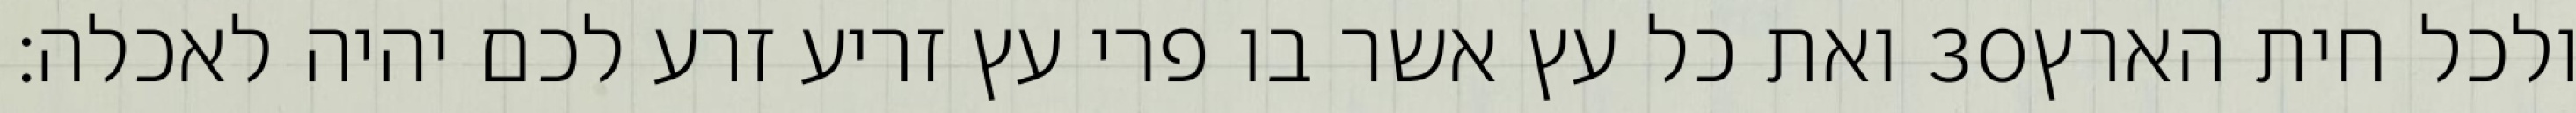
ואת כל עץ אשר בו פרי עץ זריע זרע לכם יהיה לאכלה׃ ‎30‏ ולכל חית הארץ